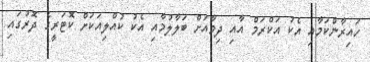
ހައިރާންކަމާއި އެކު އަކްރަމް އާއި ދިމާއަށް ބަލާލުމާއި އެކު ކުއްލިއަކަށް ކޮޓަރީގެ ދޮރުގައި